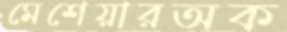
মেশেয়ারঅক